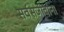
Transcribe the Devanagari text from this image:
सर्वसजीवाना